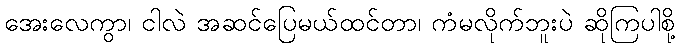
အေးလေကွာ၊ ငါလဲ အဆင်ပြေမယ်ထင်တာ၊ ကံမလိုက်ဘူးပဲ ဆိုကြပါစို့